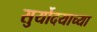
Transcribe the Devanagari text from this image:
सुर्योदयाच्या